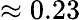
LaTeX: \approx 0.23